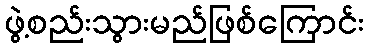
ဖွဲ့စည်းသွားမည်ဖြစ်ကြောင်း